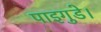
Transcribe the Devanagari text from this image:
पाइगुडे।